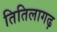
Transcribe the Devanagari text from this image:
तितिलागढ़